Bombay plague: being a history of the progress of plague in the Bombay presidency from September 1896 to June 1899
Year: 1896
Disease focus: Plague
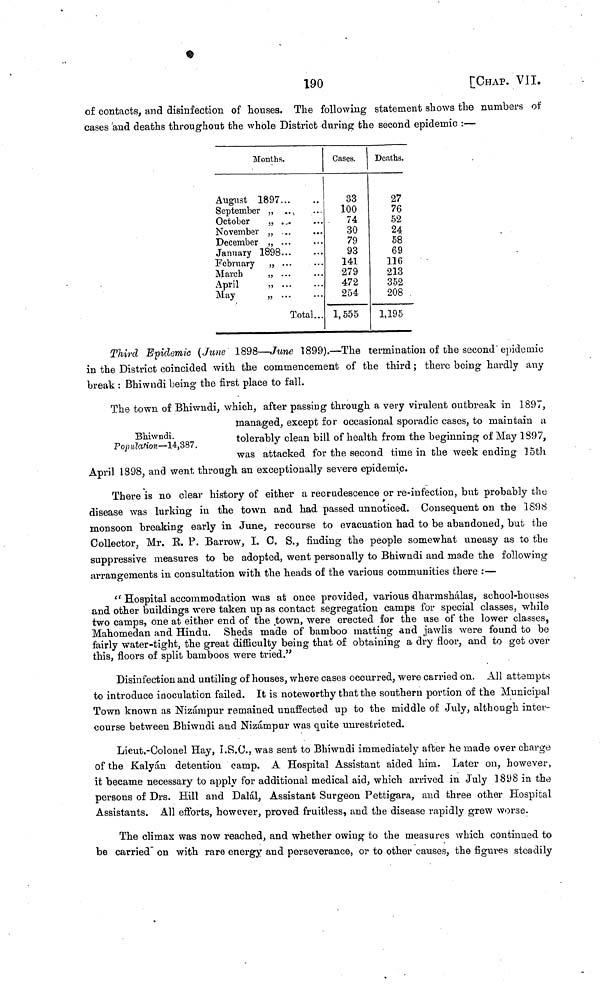
190
[CHAP. VII.
of contacts, and disinfection of houses. The following statement shows the numbers of
cases and deaths throughout the whole District during the second epidemic :—
Months.
August 1897...
September ,, ...
October ,, ...
November ,, ...
December
January 1898...
February ,, ...
March ,, ...
April ,, ...
May ,, ...
...
...
...
...
... •
Total...
Cases.
33
100
74
30
79
93
141
279
472
254
1, 555
Deaths.
27
76
52
24
58
69
116
213
352
208
1,195
Third Epidemic (June 1898—June 1899).—The termination of the second epidemic
in the District coincided with the commencement of the third ; there being hardly any
break : Bhiwndi being the first place to fall.
Bhwndi.
Population—14,387.
The town of Bhiwndi, which, after passing through a very virulent outbreak in 1897,
managed, except for occasional sporadic cases, to maintain a
tolerably clean bill of health from the beginning of May 1897,
was attacked for the second time in the weekending 15th
April 1898, and went through an exceptionally severe epidemic.
There is no clear history of either a recrudescence or re-infection, but probably the
disease was lurking in the town and had passed unnoticed. Consequent on the 1898
monsoon breaking early in June, recourse to evacuation had to be abandoned, but the
Collector, Mr. B. P. Barrow, I. C. S., finding the people somewhat uneasy as to the
suppressive measures to be adopted, went personally to Bhiwndi and made the following
arrangements in consultation with the heads of the various communities there :—
"Hospital accommodation was at once provided, various dharmshálas, school-houses
and other buildings were taken up as contact segregation camps for special classes, while
two camps, one at either end of the town, were erected for the use of the lower classes,
Mahomedan and Hindu. Sheds made of bamboo matting and jawlis were found to be
fairly water-tight, the great difficulty being that of obtaining a dry floor, and to get over
this, floors of split bamboos were tried."
Disinfection and untiling of houses, where cases occurred, were carried on. All attempts
to introduce inoculation failed. It is noteworthy that the southern portion of the Municipal
Town known as Nizámpur remained unaffected up to the middle of July, although inter-
course between Bhiwndi and Nizámpur was quite unrestricted.
Lieut.-Colonel Hay, I.S.O., was sent to Bhiwndi immediately after he made over charge
of the Kalyán detention camp. A Hospital Assistant aided him. Later on, however,
it became necessary to apply for additional medical aid, which arrived in July 1898 in the
persons of Drs. Hill and Dalai, Assistant Surgeon Pettigara, and three other Hospital
Assistants. All efforts, however, proved fruitless, and the disease rapidly grew worse.
The climax was now reached, and whether owing to the measures which continued to
be carried on with rare energy and perseverance, or to other causes, the figures steadily